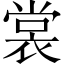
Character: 裳